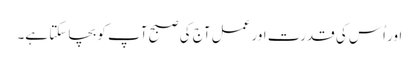
اور اُس کی قدرت اور عمل آج کی صبح آپ کو بچا سکتا ہے۔